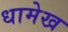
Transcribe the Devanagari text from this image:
धामेख